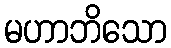
မဟာဘိသော